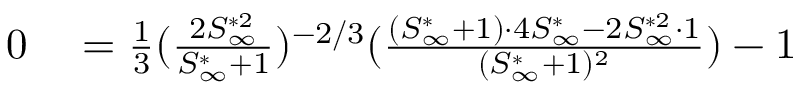
\begin{array} { r l } { 0 } & { { } = \frac { 1 } { 3 } ( \frac { 2 S _ { \infty } ^ { * 2 } } { S _ { \infty } ^ { * } + 1 } ) ^ { - 2 / 3 } ( \frac { ( S _ { \infty } ^ { * } + 1 ) \cdot 4 S _ { \infty } ^ { * } - 2 S _ { \infty } ^ { * 2 } \cdot 1 } { ( S _ { \infty } ^ { * } + 1 ) ^ { 2 } } ) - 1 } \end{array}